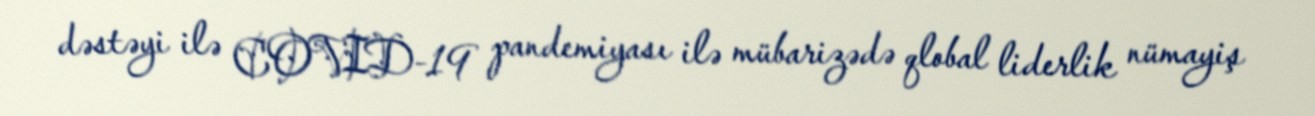
dəstəyi ilə COVID-19 pandemiyası ilə mübarizədə qlobal liderlik nümayiş